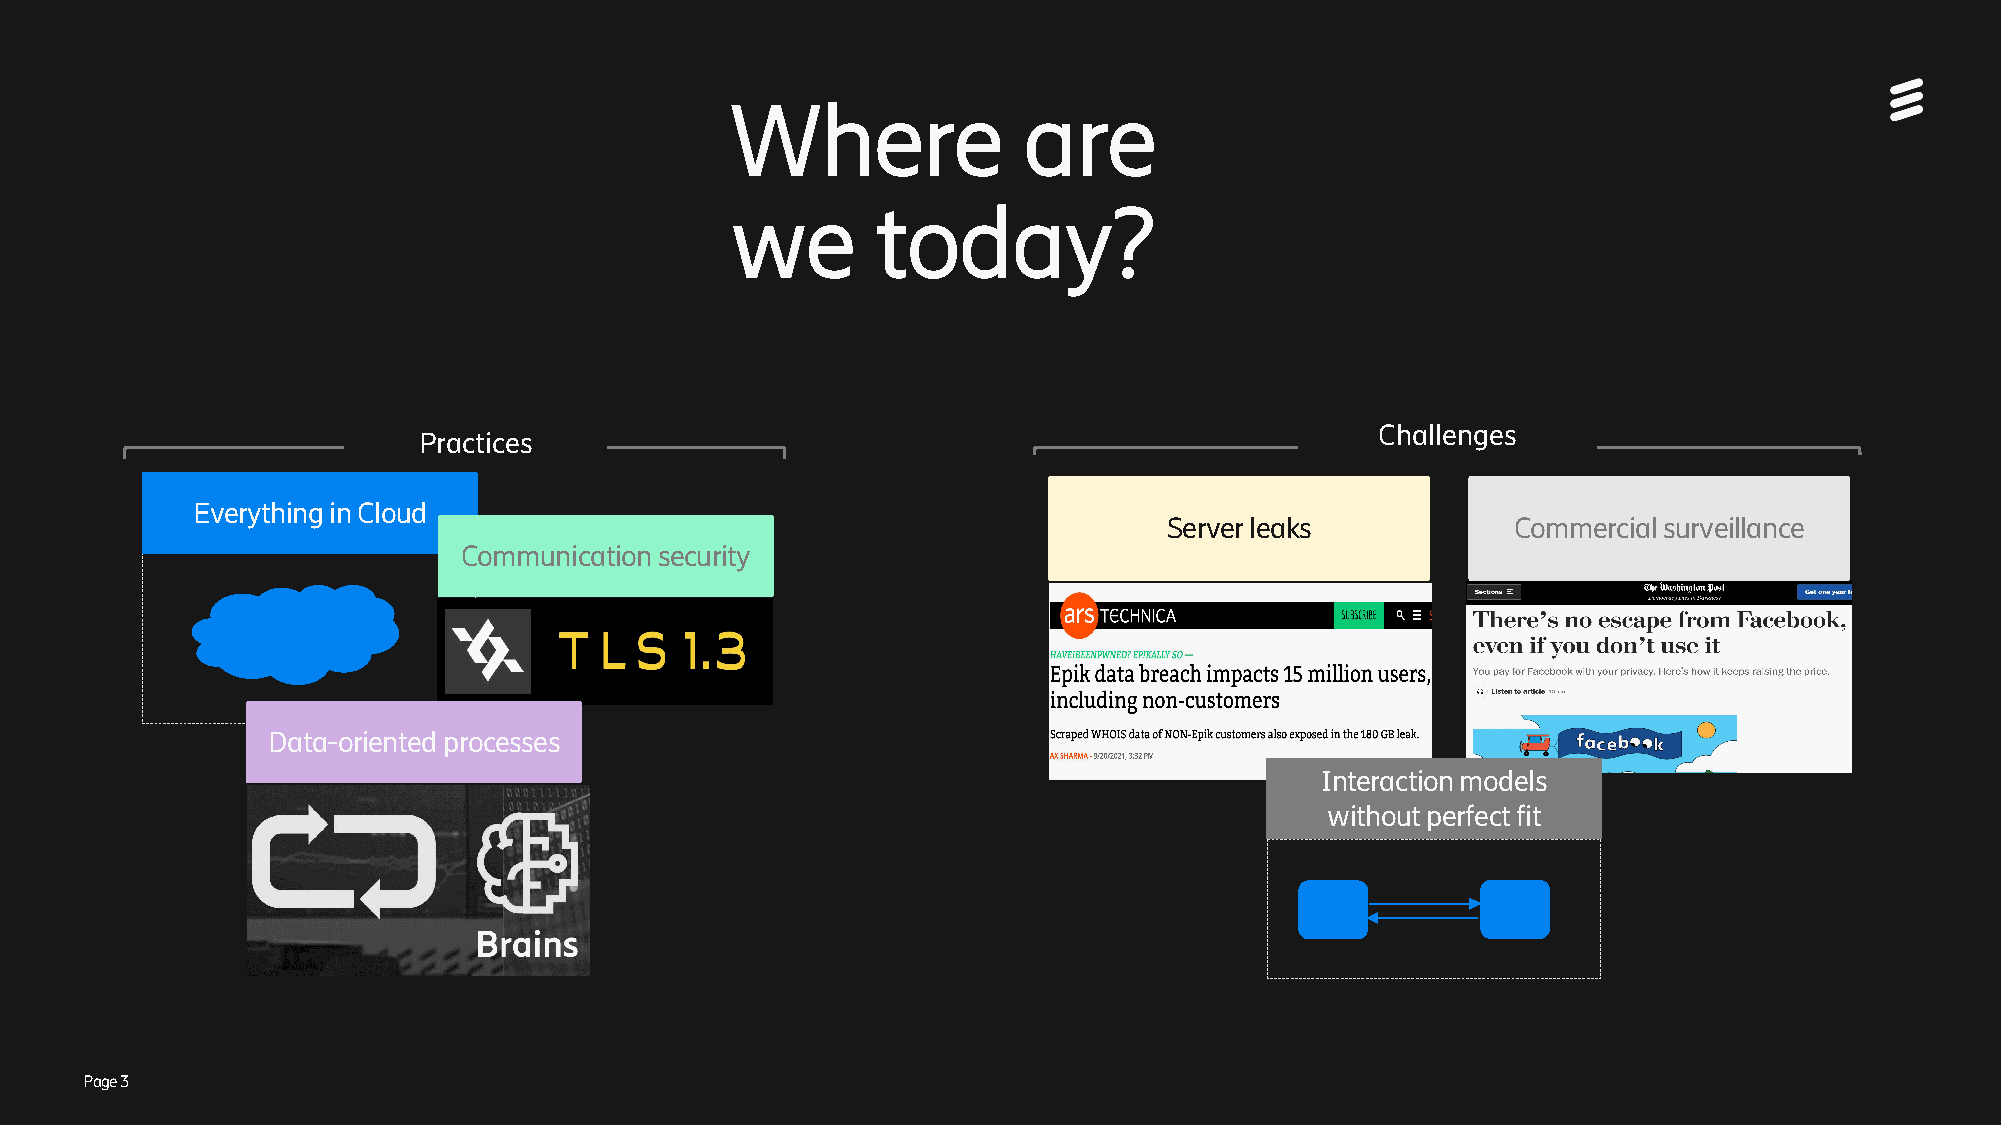
Where               are
 we        today?
 Challenges
 Practices
 EverythinginCloud
 Serverleaks            Commercial surveillance
 Communicationsecurity
 Data-oriented processes
 Interaction models
 without perfect fit
 Page 3